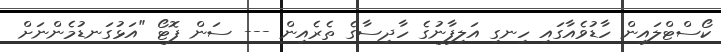
ކޯސްޓްލައިން ހާޑުވެއާގައި ހިނގި އަލިފާނުގެ ހާދިސާގެ ތެރެއިން --- ސަން ފޮޓޯ "އަޅުގަނޑުމެންނަށް